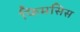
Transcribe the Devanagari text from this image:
फिमसिस